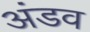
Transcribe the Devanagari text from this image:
अंडव